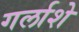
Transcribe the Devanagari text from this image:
गर्लाशे